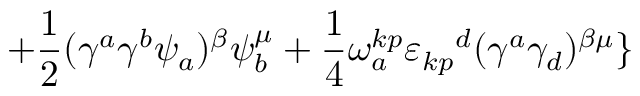
+ { \frac { 1 } { 2 } } ( \gamma ^ { a } \gamma ^ { b } \psi _ { a } ) ^ { \beta } \psi _ { b } ^ { \mu } + { \frac { 1 } { 4 } } \omega _ { a } ^ { k p } { \varepsilon _ { k p } } ^ { d } ( \gamma ^ { a } \gamma _ { d } ) ^ { \beta \mu } \}